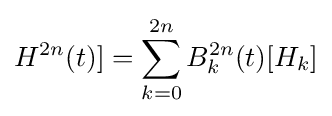
H^{2n}(t)]=\sum \limits _{k=0}^{2n}{B_{k}^{2n}(t)[H_{k}]}